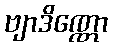
ဗျာဒိဏ္ဏော